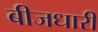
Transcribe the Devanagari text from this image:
बीजधारी